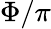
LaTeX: \Phi/\pi